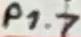
Text: P1.7